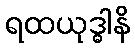
ရထယုဒ္ဓါနိ